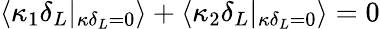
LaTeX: \langle\kappa_{1}\delta_{L}|_{\kappa\delta_{L}=0}\rangle+\langle\kappa_{2}\delta_{L}|_{\kappa\delta_{L}=0}\rangle=0